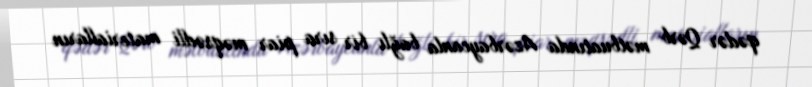
qədər Qərb mətbuatında Azərbaycanla bağlı bir sıra piar məqsədli materialların